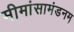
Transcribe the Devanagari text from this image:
मीमांसामंडनम्